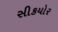
સીકયોર